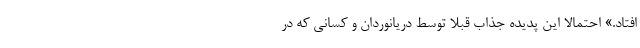
افتاد.» احتمالا این پدیده جذاب قبلا توسط دریانوردان و کسانی که در